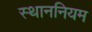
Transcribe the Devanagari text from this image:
स्थाननियम